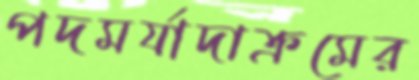
পদমর্যাদাক্রমের